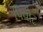
પિવોટ